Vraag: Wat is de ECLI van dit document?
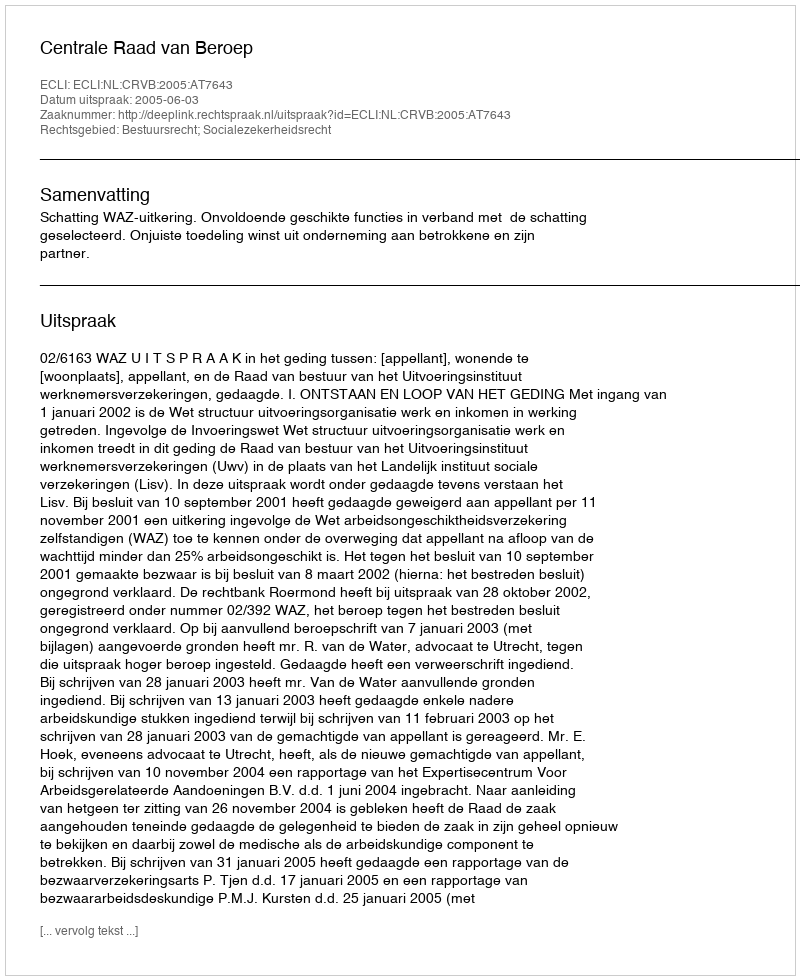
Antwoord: ECLI:NL:CRVB:2005:AT7643